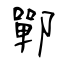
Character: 鄲